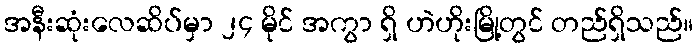
အနီးဆုံးလေဆိပ်မှာ ၂၄ မိုင် အကွာ ရှိ ဟဲဟိုးမြို့တွင် တည်ရှိသည်။